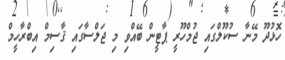
ހޮޅުދޫ މޭނާ ސުކޫލްގައި ޖުމްހޫރީ ޕާޓީން ބޭއްވި މި ޖަލްސާގައި ޤާސިމް އިބްރާހީމް